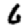
Digit: 6